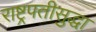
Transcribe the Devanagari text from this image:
राष्ट्रपतीसुद्धा